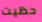
حظيت